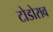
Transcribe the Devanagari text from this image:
टोडोराव